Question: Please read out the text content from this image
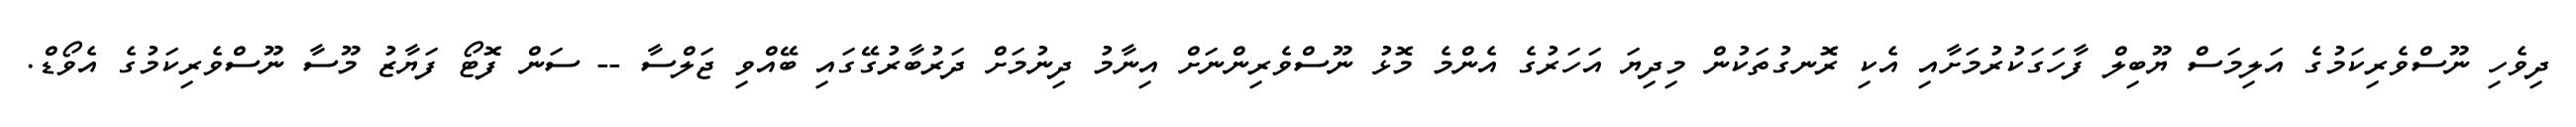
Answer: ދިވެހި ނޫސްވެރިކަމުގެ އަލިމަސް ޔޫބިލް ފާހަގަކުރުމަށާއި އެކި ރޮނގުތަކުން މިދިޔަ އަހަރުގެ އެންމެ މޮޅު ނޫސްވެރިންނަށް އިނާމު ދިނުމަށް ދަރުބާރުގޭގައި ބޭއްވި ޖަލްސާ -- ސަން ފޮޓޯ ފަޔާޒު މޫސާ ނޫސްވެރިކަމުގެ އެވޯޑް.